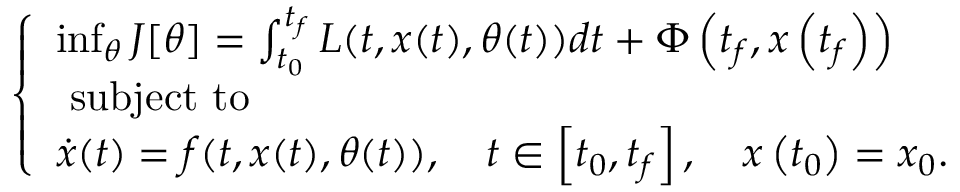
\left\{ \begin{array} { l } { \operatorname* { i n f } _ { \theta } J [ \theta ] = \int _ { t _ { 0 } } ^ { t _ { f } } L ( t , x ( t ) , \theta ( t ) ) d t + \Phi \left( t _ { f } , x \left( t _ { f } \right) \right) } \\ { \mathrm { ~ s u b j e c t ~ t o ~ } } \\ { \dot { x } ( t ) = f ( t , x ( t ) , \theta ( t ) ) , \quad t \in \left[ t _ { 0 } , t _ { f } \right] , \quad x \left( t _ { 0 } \right) = x _ { 0 } . } \end{array} \right.